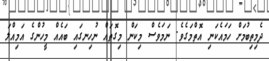
ދެމިތިބުމަށް ހަމައެކަނި އޮތްމަގެވެ. ނަމަވެސް މިކަން މިގޮތައް ނުހިނގައި ބައެއް މީހުންގެ އަމިއްލަ